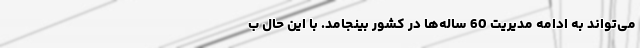
می‌تواند به ادامه مدیریت 60 ساله‌ها در کشور بینجامد. با این حال ب